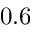
0 . 6